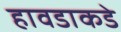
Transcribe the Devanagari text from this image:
हावडाकडे